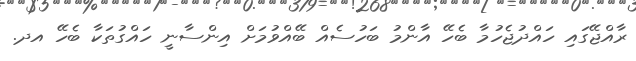
ރާއްޖޭގައި ހައްދުޖެހުމާ ބެހޭ އާންމު ބަހުސެއް ބޭއްވުމަށް އިންސާނީ ހައްގުތަކާ ބެހޭ އދ.